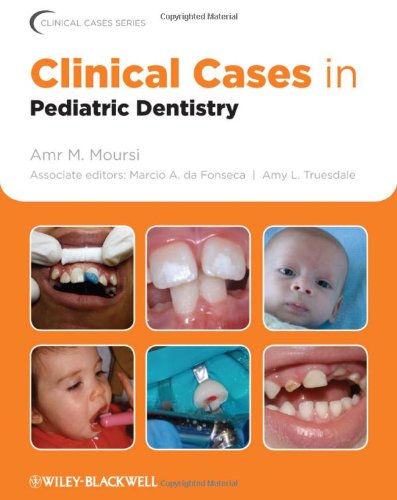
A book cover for Clinical Cases in Pediatric Dentistry; Medical Books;